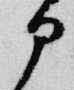
部